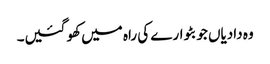
وہ دادیاں جو بٹوارے کی راہ میں کھو گئیں۔